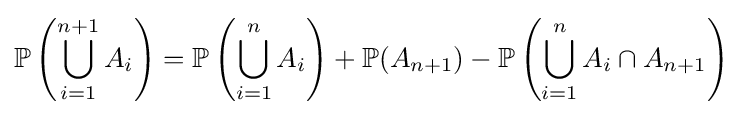
\mathbb {P} \left(\bigcup _{i=1}^{n+1}A_{i}\right)=\mathbb {P} \left(\bigcup _{i=1}^{n}A_{i}\right)+\mathbb {P} (A_{n+1})-\mathbb {P} \left(\bigcup _{i=1}^{n}A_{i}\cap A_{n+1}\right)